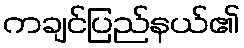
ကချင်ပြည်နယ်၏